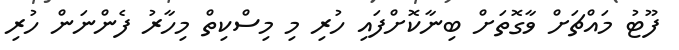
ފޫޓު މައްޗަށް ވާގޮތަށް ބިނާކޮށްފައި ހުރި މި މިސްކިތް މިހާރު ފެންނަން ހުރި